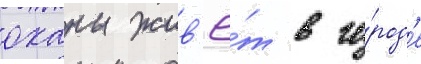
оханы жив'ё́т в го́род'е